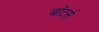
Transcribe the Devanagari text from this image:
बॉटर्स